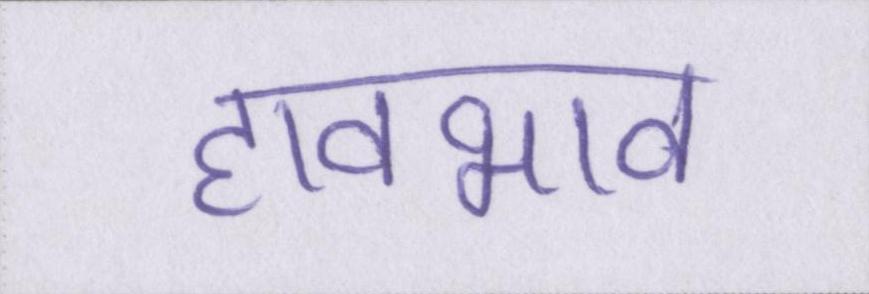
हावभाव